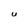
Character: U